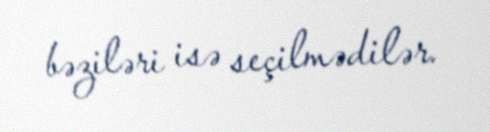
bəziləri isə seçilmədilər.